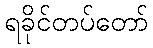
ရခိုင်တပ်တော်